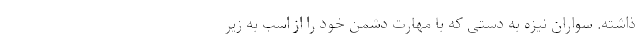
ذاشته. سواران نیزه به دستی که با مهارت دشمن خود را از اسب به زیر